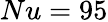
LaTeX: Nu=95